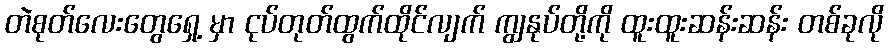
တဲစုတ်လေးတွေရှေ့ မှာ ငုပ်တုတ်ထွက်ထိုင်လျက် ကျွနုပ်တို့ကို ထူးထူးဆန်းဆန်း တစ်ခုလို